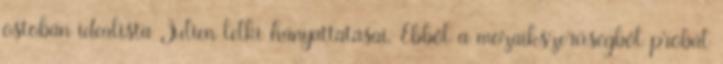
ostobán idealista Julien lelki hányattatásai. Ebből a mozaikszerűségből próbál